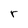
Character: r